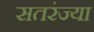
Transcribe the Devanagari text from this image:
सतरंज्या